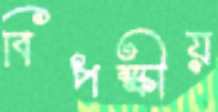
বিপক্ষীয়